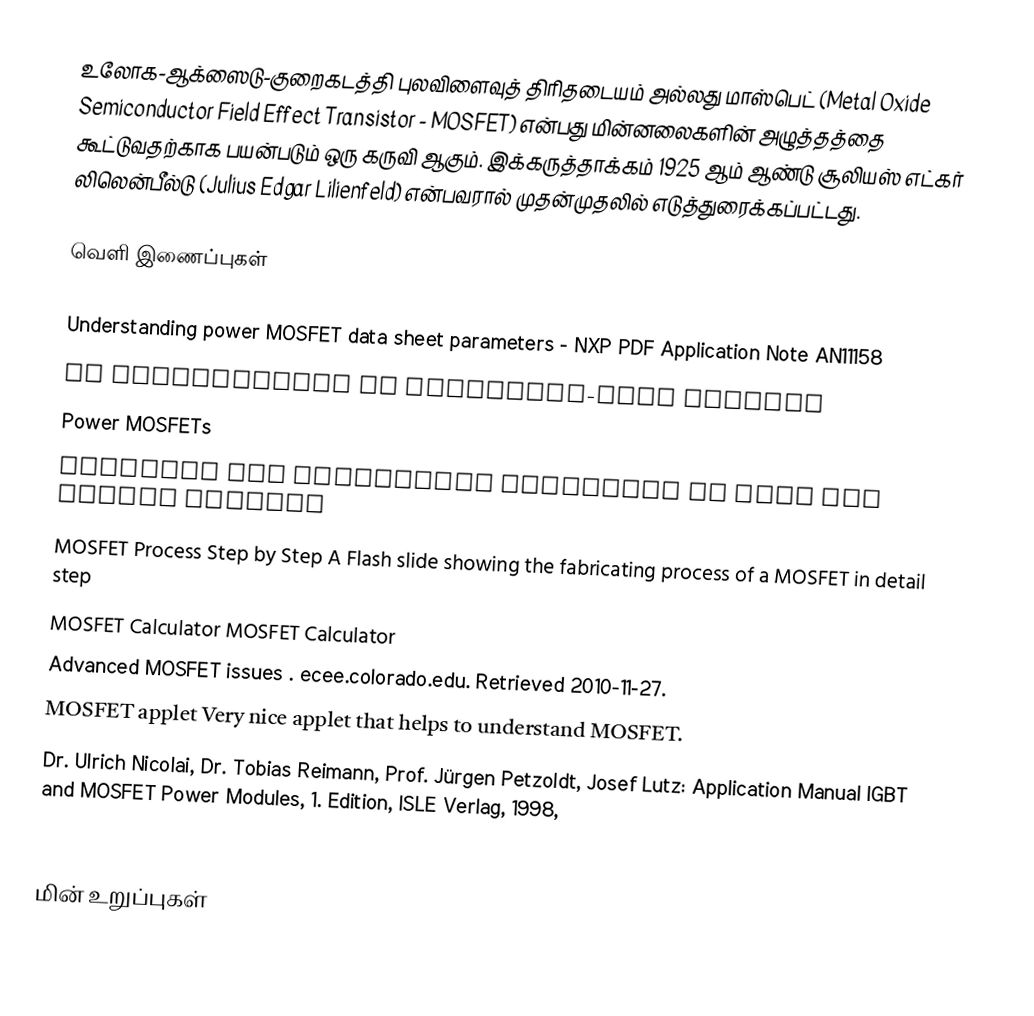
உலோக-ஆக்ஸைடு-குறைகடத்தி புலவிளைவுத் திரிதடையம் அல்லது மாஸ்பெட் (Metal Oxide Semiconductor Field Effect Transistor - MOSFET) என்பது மின்னலைகளின் அழுத்தத்தை கூட்டுவதற்காக பயன்படும் ஒரு கருவி ஆகும். இக்கருத்தாக்கம் 1925 ஆம் ஆண்டு சூலியஸ் எட்கர் லிலென்பீல்டு  (Julius Edgar Lilienfeld) என்பவரால் முதன்முதலில் எடுத்துரைக்கப்பட்டது.

வெளி இணைப்புகள்

 Understanding power MOSFET data sheet parameters - NXP PDF Application Note AN11158
 An introduction to depletion-mode MOSFETs
 Power MOSFETs
 Criteria for Successful Selection of IGBT and MOSFET Modules
 MOSFET Process Step by Step  A Flash slide showing the fabricating process of a MOSFET in detail step
 MOSFET Calculator  MOSFET Calculator
 Advanced MOSFET issues . ecee.colorado.edu. Retrieved 2010-11-27.
 MOSFET applet Very nice applet that helps to understand MOSFET.
 Dr. Ulrich Nicolai, Dr. Tobias Reimann, Prof. Jürgen Petzoldt, Josef Lutz: Application Manual IGBT and MOSFET Power Modules, 1. Edition, ISLE Verlag, 1998,
 PDF-Version

மின் உறுப்புகள்